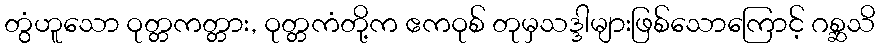
တွံဟူသော ဝုတ္တကတ္တား, ဝုတ္တကံတို့က ဧကဝုစ် တုမှသဒ္ဒါများဖြစ်သောကြောင့် ဂစ္ဆသိ